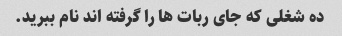
ده شغلی که جای ربات ها را گرفته اند نام ببرید.